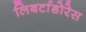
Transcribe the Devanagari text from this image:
लिबर्टाडोरेस